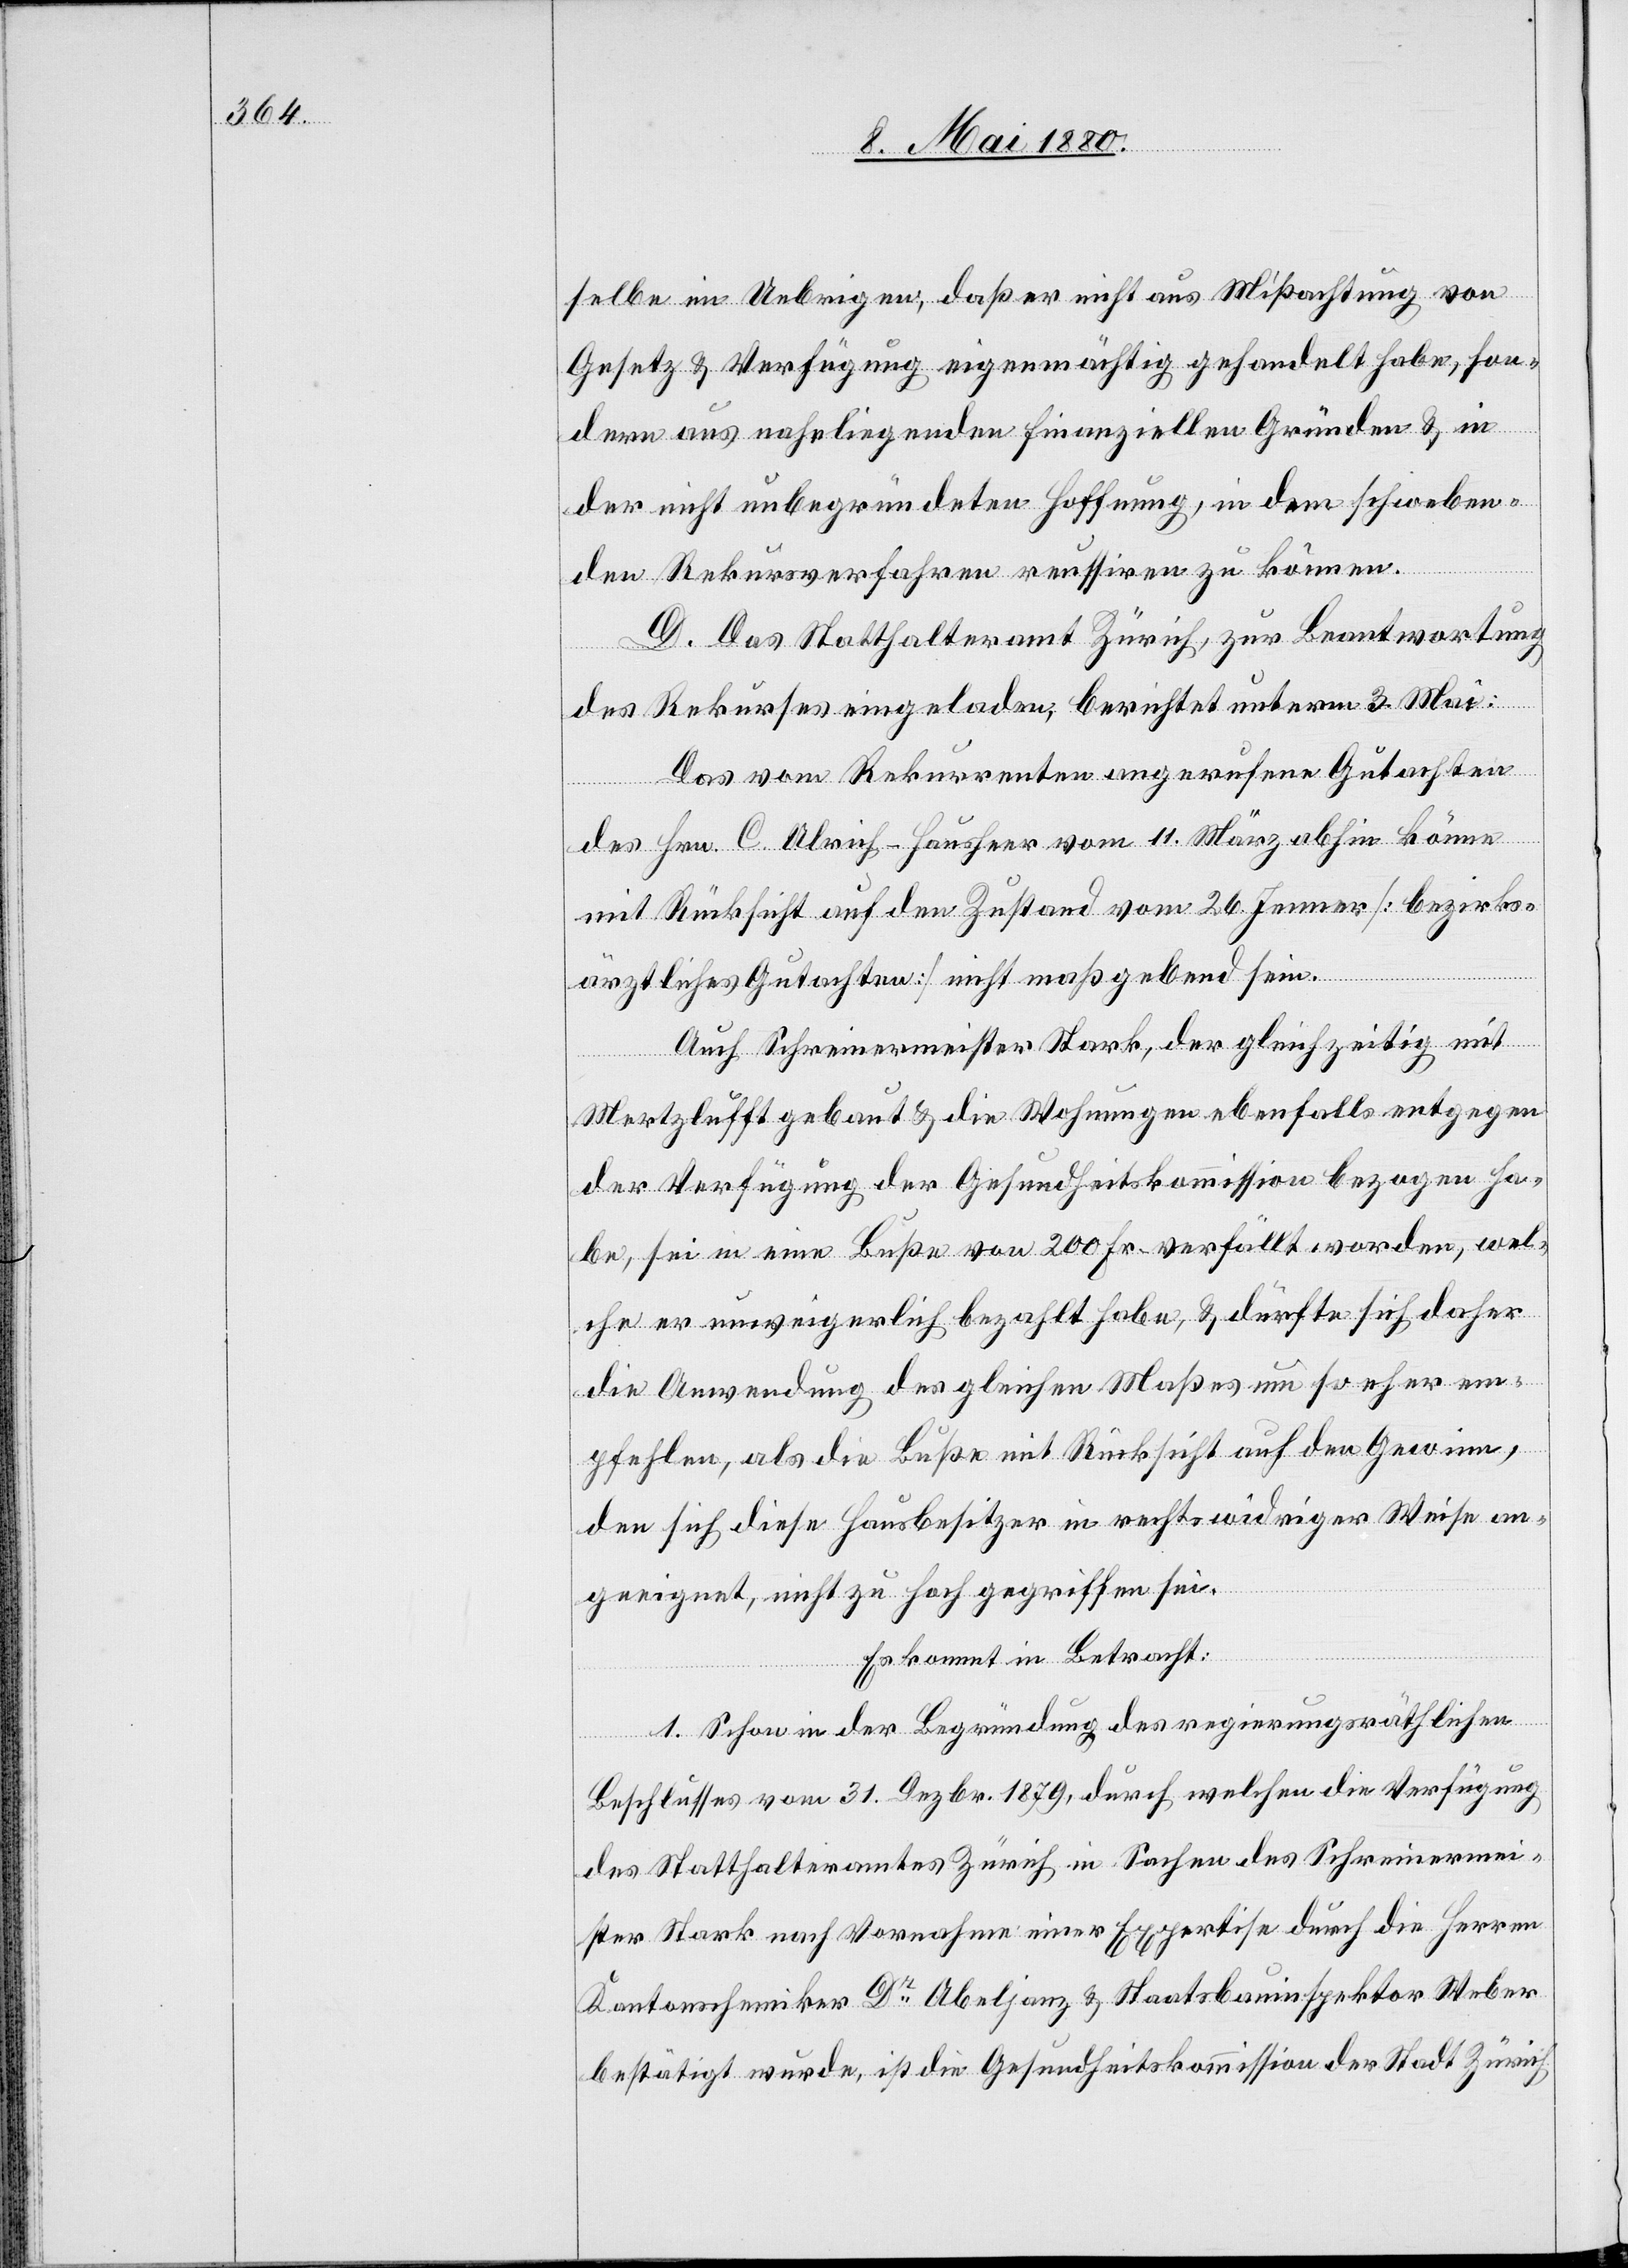
selbe im Uebrigen, daß er nicht aus Mißachtung von
Gesetz & Verfügung eigenmächtig gehandelt habe, son¬
dern aus naheliegenden finanziellen Gründen & in
der nicht unbegründeten Hoffnung, in dem schweben¬
den Rekursverfahren reussiren zu können.
D. Das Statthalteramt Zürich, zur Beantwortung
des Rekurses eingeladen, berichtet unterm 3. Mai:
Das vom Rekurrenten angerufene Gutachten
des Hrn. C. Ulrich-Hausheer vom 11. März abhin könne
mit Rücksicht auf den Zustand vom 26. Jenner [bezirks¬
ärztliches Gutachten] nicht maßgebend sein.
Auch Schreinermeister Stark, der gleichzeitig mit
Mertzlufft gebaut & die Wohnungen ebenfalls entgegen
der Verfügung der Gesundheitskommission bezogen ha¬
be, sei in eine Buße von 200 Fr. verfällt worden, wel¬
che er unweigerlich bezahlt habe, & dürfte sich daher
die Anwendung des gleichen Maßes um so eher em¬
pfehlen, als die Buße mit Rücksicht auf den Gewinn,
den sich diese Hausbesitzer in rechtswidriger Weise an¬
geeignet, nicht zu hoch gegriffen sei.
Es kommt in Betracht:
1. Schon in der Begründung des regierungsräthlichen
Beschlusses vom 31. Dezbr. 1879, durch welchen die Verfügung
des Statthalteramtes Zürich in Sachen des Schreinermei¬
sters Stark nach Vornahme einer Expertise durch die Herren
Kantonschemiker Dr Abeljanz & Staatsbauinspektor Weber
bestätigt wurde, ist die Gesundheitskommission der Stadt Zürich